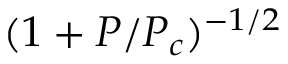
( 1 + P / P _ { c } ) ^ { - 1 / 2 }